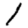
Digit: 1